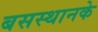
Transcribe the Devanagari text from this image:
बसस्थानके